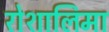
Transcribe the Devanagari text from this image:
रोशालिमा